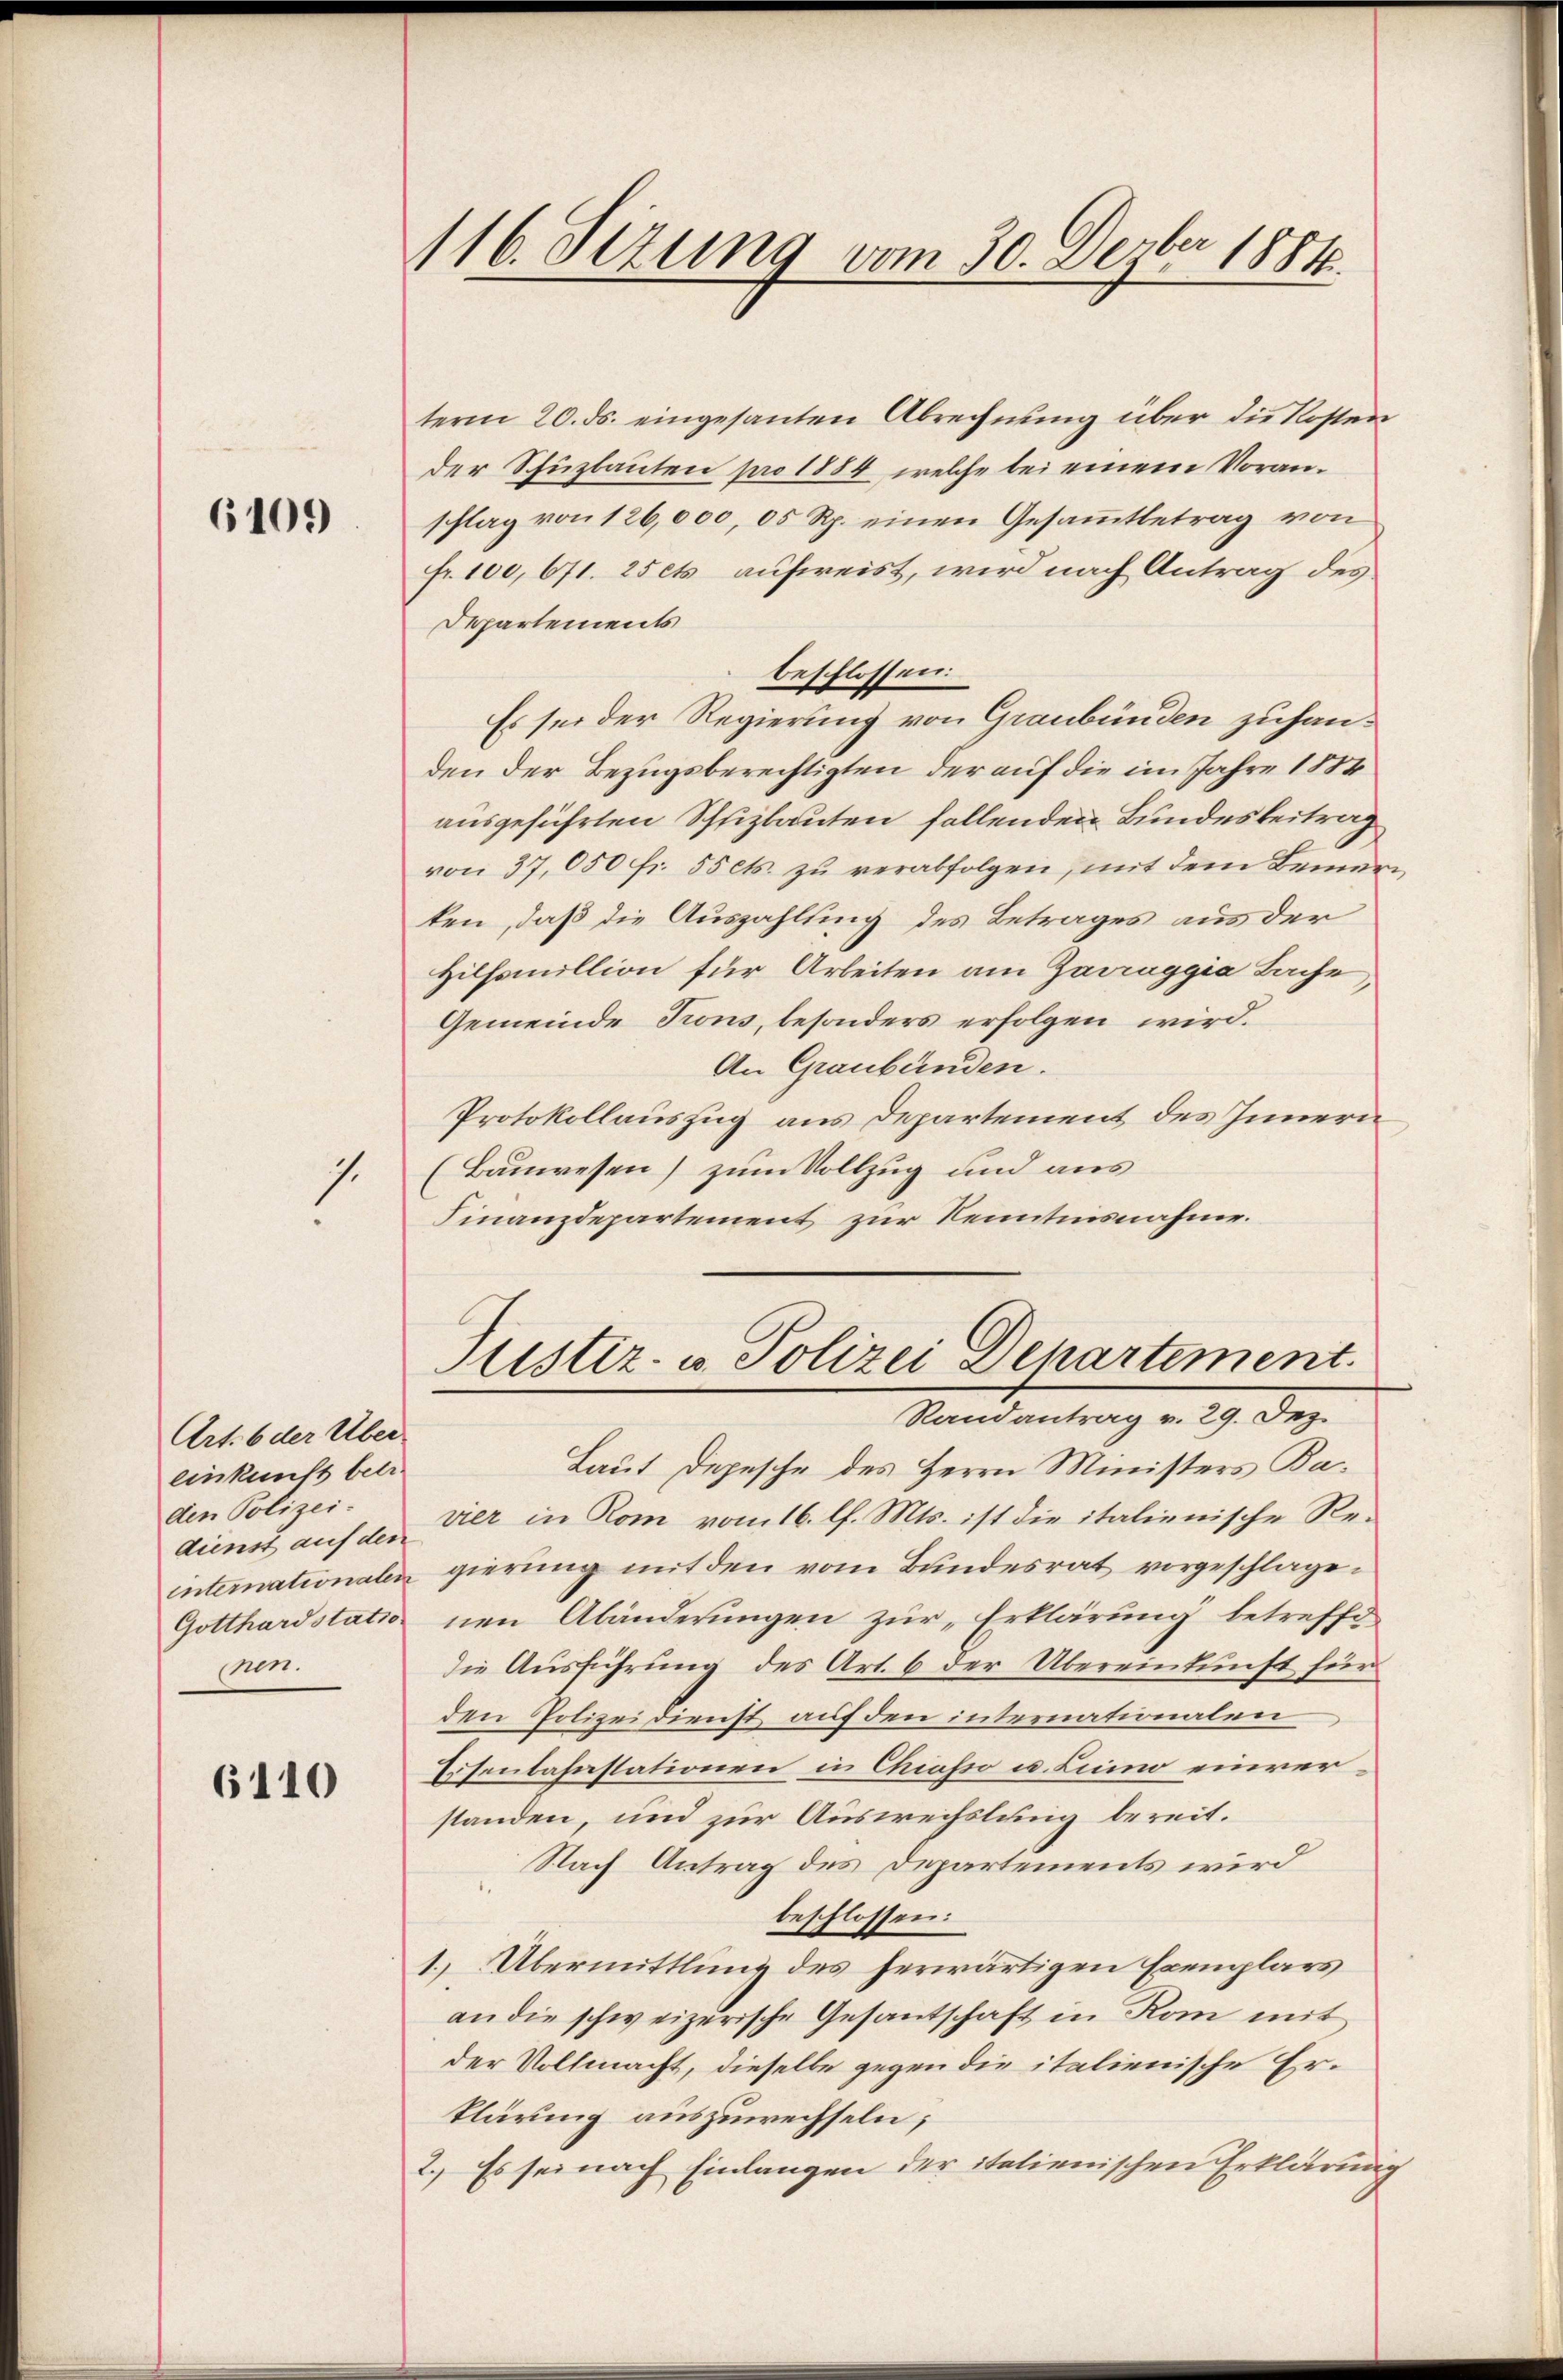
6109

1.

term 20. ds. eingesanten Abrechnung über die Kosten
der Schüzbauten pro 1884, welche bei einem Voranschlag von 126,000, 05 Rp. einen Gesammtbetrag von
fr. 100, 671. 25 et aufweist, wird nach Antrag des
Departements
beschlossen:
Es sei der Regierung von Graubünden zuhanden der Bezugsberechtigten der auf die im Jahre 1884
ausgeführten Schuzlauten fallenden Bundesbeitrag
von 37,050 fr. 55 cts. zu verabfolgen, mit dem Bemerken, daß die Auszahlung des Betrages aus der
Hilfsmillion für Arbeiten am Zarraggia Bache
Gemeinde Frons, besonders erfolgen wird.
An Graubünden.
Protokollauszug aus Departement des Innern
(Bauwesen) zum Vollzug und aus
Finanzdepartement zur Kenntnisnahme.

Art. 6 der Über
einkunft betr.
den Polizei.
pen.

6110

116. Sizung vom 30. Dezbr 1884.

Justiz- u. Polizei Departement.
Randantrag v. 29. Dez.

Laut Depesche des Herrn Ministers Kadienst auf der der in Rom vom 16. l. Mts. ist die italienische Reinternationalen gierung mit den vom Bundesrat vorgeschlage¬
Gotthardstatio nen Abänderŭngen zur „Erklärung betreffe
die Ausführung des Art. 6 der Übereinkunft für
den Polizeidienst auf den internationalen
Eisenbahnstationen in Chiasso u. Limo einverstanden, und zur Auswechslung bereit.
Nach Antrag des Departements wird
beschlossen:
1. Übermittlung des herwärtigen Exemplars
an die schweizerische Gesantschaft in Rom mit
der Vollmacht, dieselbe gegen die italienische Erklärung auszuwechseln;
2.) Es sei nach Einlangen der italienischen Erklärung